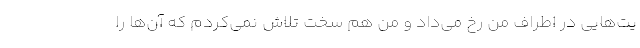
یت‌هایی در اطراف من رخ می‌داد و من هم سخت تلاش نمی‌کردم که آن‌ها را